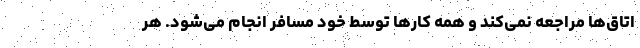
اتاق‌ها مراجعه نمی‌کند و همه کارها توسط خود مسافر انجام می‌شود. هر